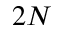
2 N